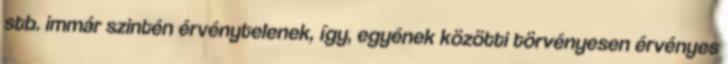
stb. immár szintén érvénytelenek, így, egyének közötti törvényesen érvényes